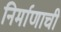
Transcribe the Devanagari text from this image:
निर्माणाची